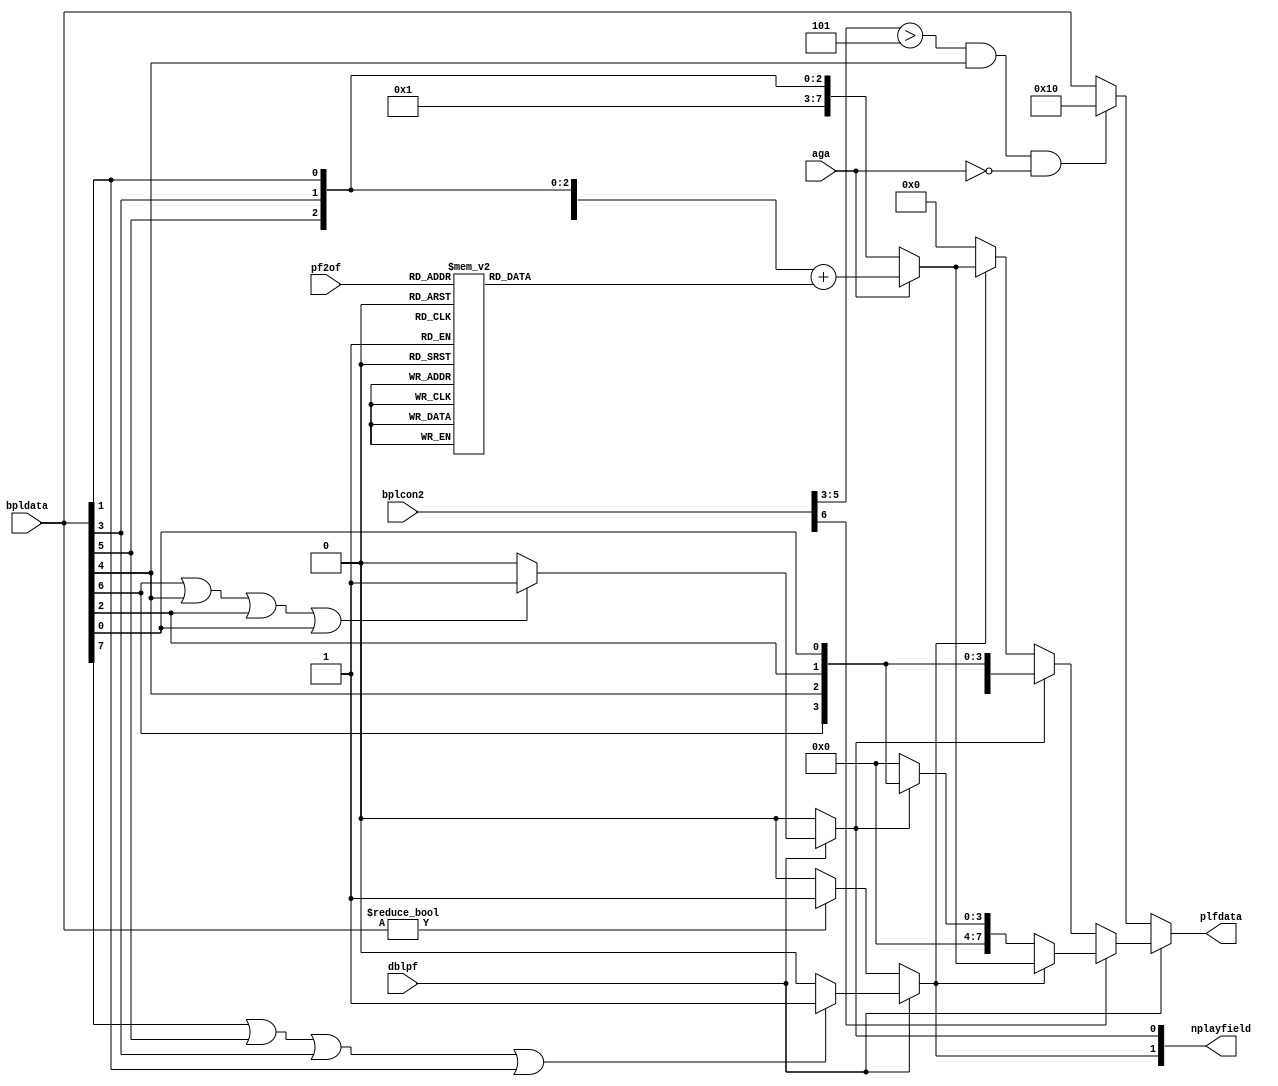
module denise_playfields
(
  input  aga,
  input   [8:1] bpldata,         //raw bitplane data in
  input   dblpf,             //double playfield select
  input [2:0] pf2of,        // playfield 2 offset into color table
  input  [6:0] bplcon2,      //bplcon2 (playfields priority)
  output  reg [2:1] nplayfield,  //playfield 1,2 valid data
  output  reg [7:0] plfdata    //playfield data out
);

//local signals
wire pf2pri;            //playfield 2 priority over playfield 1
wire [2:0] pf2p;          //playfield 2 priority code
reg [7:0] pf2of_val;    // playfield 2 offset value

assign pf2pri = bplcon2[6];
assign pf2p = bplcon2[5:3];

always @ (*) begin
  case(pf2of)
    3'd0 : pf2of_val = 8'd0;
    3'd1 : pf2of_val = 8'd2;
    3'd2 : pf2of_val = 8'd4;
    3'd3 : pf2of_val = 8'd8;
    3'd4 : pf2of_val = 8'd16;
    3'd5 : pf2of_val = 8'd32;
    3'd6 : pf2of_val = 8'd64;
    3'd7 : pf2of_val = 8'd128;
  endcase
end

//generate playfield 1,2 data valid signals
always @(*)
begin
  if (dblpf) //dual playfield
  begin
    if (bpldata[7] || bpldata[5] || bpldata[3] || bpldata[1]) //detect data valid for playfield 1
      nplayfield[1] = 1;
    else
      nplayfield[1] = 0;

    if (bpldata[8] || bpldata[6] || bpldata[4] || bpldata[2]) //detect data valid for playfield 2
      nplayfield[2] = 1;
    else
      nplayfield[2] = 0;
  end
  else //single playfield is always playfield 2
  begin
    nplayfield[1] = 0;
    if (bpldata[8:1]!=8'b000000)
      nplayfield[2] = 1;
    else
      nplayfield[2] = 0;
  end
end

//playfield 1 and 2 priority logic
always @(*)
begin
  if (dblpf) //dual playfield
  begin
    if (pf2pri) //playfield 2 (2,4,6) has priority
    begin
      if (nplayfield[2])
        if (aga)
          plfdata[7:0] = {4'b0000,bpldata[8],bpldata[6],bpldata[4],bpldata[2]} + pf2of_val;
        else
          plfdata[7:0] = {4'b0000,1'b1,bpldata[6],bpldata[4],bpldata[2]};
      else if (nplayfield[1])
        plfdata[7:0] = {4'b0000,bpldata[7],bpldata[5],bpldata[3],bpldata[1]};
      else //both planes transparant, select background color
        plfdata[7:0] = 8'b00000000;
    end
    else //playfield 1 (1,3,5) has priority
    begin
      if (nplayfield[1])
        plfdata[7:0] = {4'b0000,bpldata[7],bpldata[5],bpldata[3],bpldata[1]};
      else if (nplayfield[2])
        if (aga)
          plfdata[7:0] = {4'b0000,bpldata[8],bpldata[6],bpldata[4],bpldata[2]} + pf2of_val;
        else
          plfdata[7:0] = {4'b0000,1'b1,bpldata[6],bpldata[4],bpldata[2]};
      else //both planes transparent, select background color
        plfdata[7:0] = 8'b00000000;
    end
  end
  else //normal single playfield (playfield 2 only)
  //OCS/ECS undocumented feature when bpu=5 and pf2pri>5 (Swiv score display)
    if ((pf2p>5) && bpldata[5] && !aga)
      plfdata[7:0] = {8'b00010000};
    else
      plfdata[7:0] = bpldata[8:1];
end


endmodule